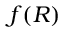
f ( R )